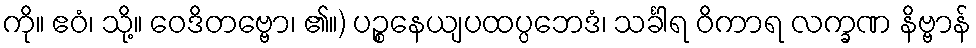
ကို။ ဧဝံ၊ သို့။ ဝေဒိတဗ္ဗော၊ ၏။) ပဉ္စနေယျပထပ္ပဘေဒံ၊ သင်္ခါရ ဝိကာရ လက္ခဏ နိဗ္ဗာန်